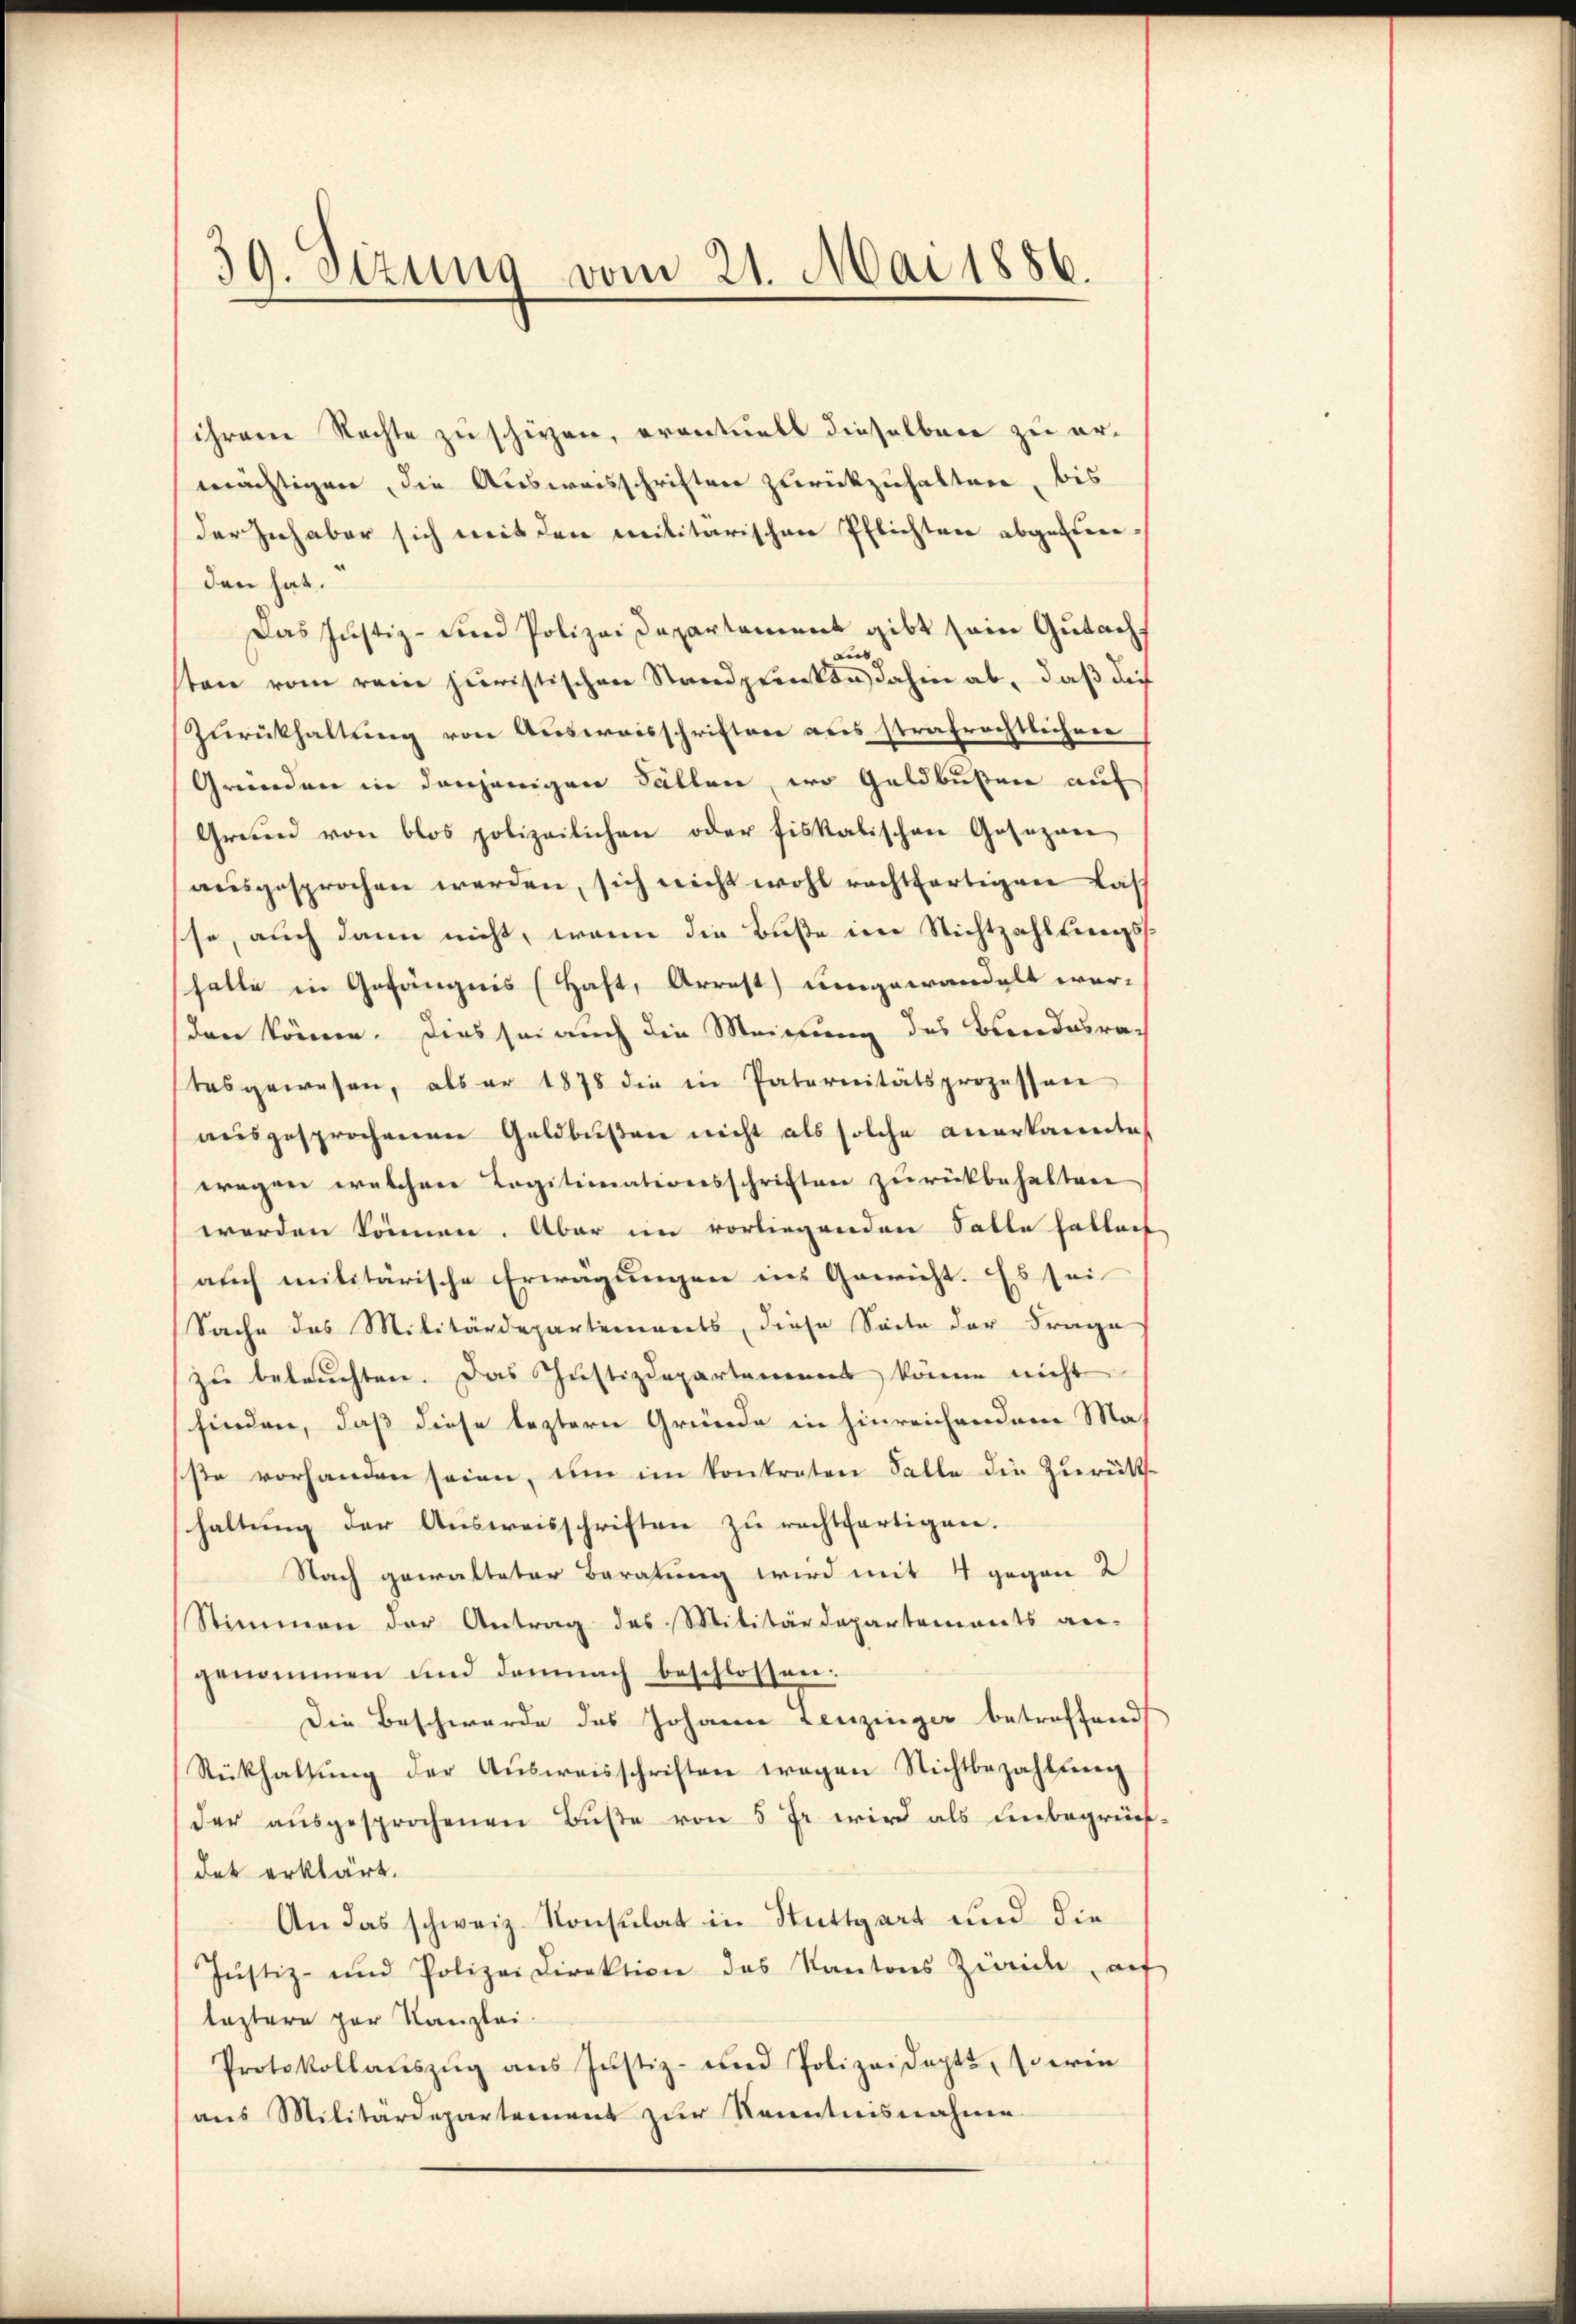
39. Sizung vom 21. Mai 1886.

ihrem Rechte zu schiehen, eventuell dieselben zu ermächtigen, die Ausweisschriften zurückzuhalten, bis
der Inhaber sich mit den militärischen Pflichten abgestere
den hat.
Das Justiz- und Polizeidepartement gibt sein Gutachdi
ten vom rein juristischen Standprinken dahin ab, daß die
Zurückhaltung von Ausweisschriften aus strafrechtlichenr
Gründen in denjenigen Fällen, wo Geldbußen auf
Grund von blos polizeilichen oder fiskalischen Gosezan
ausgesprochen werden, sich nicht wohl rechtfertigen Last
se, auch dann nicht, wenn die Buße im Nichtzahltungss
halle in Gefängnis (Haft, Arrest umgewandelt wer-
den könne. Dies sei auch die Meinung des Bundesratesgewesen, als er 1878 die in Paternitätsprozessen
ausgesprochenen Geldbußen nicht als solche anerkannte
wegen welchere Legitimationsschriften zurückbehalten
werden können. Aber im vorliegenden Salle hattach
auch militarische Erwägungen ins Gericht. Es sei
Sache des Militärdepartements, diese Seite der Frage
zu beleuchten. Das Justizdepartamens könne nicht
finden, daß diese leztern Gründe in hinreichendem Masse vorhanden seien, um im konkreten Falle die Zurück
haltung der Ausweisschriften zu rechtfertigen.
Nach gewalteter Beratung wird mit 4 gegen 2
Stimmen der Antrag des Militärdepartements an-
genommen und demnach beschlossen:
Die Beschwerde des Johann Leuzinger betreffend
Rückhaltŭng der Aŭsweisschriften wegen Nichtbezahlŭng
der aŭsgesprochenen Bŭβe von 5 Fr. wird als unbegrünf
det erklärt.
An das schweiz. Konsulat in Stuttgart und die
Justiz- und Polizeidirektion des Kantons Zürich, auf
leztere par Kanzlei.
Protokollaŭszŭg ans Justiz- und Polizeidept, Eueren
aus Militärdepartement zur Kenntnisnahme